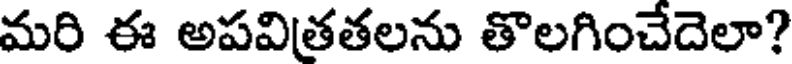
మరి ఈ అపవితతలను తొలగించేదెలా?